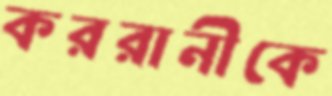
কররানীকে